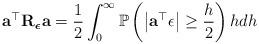
LaTeX: \begin{align*}\mathbf{a}^\top\mathbf{R}_{\boldsymbol{\epsilon}}\mathbf{a}=\frac{1}{2}\int_{0}^{\infty}\mathbb{P}\left(\left|\mathbf{a}^\top\epsilon\right|\geq\frac{h}{2}\right)hdh\end{align*}